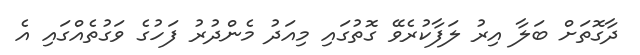
ދާގޮތަށް ބަލާ އިރު ލަފާކުރެވޭ ގޮތުގައި މިއަދު މެންދުރު ފަހުގެ ވަގުތެއްގައި އެ